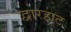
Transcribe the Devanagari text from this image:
द्वारहाट